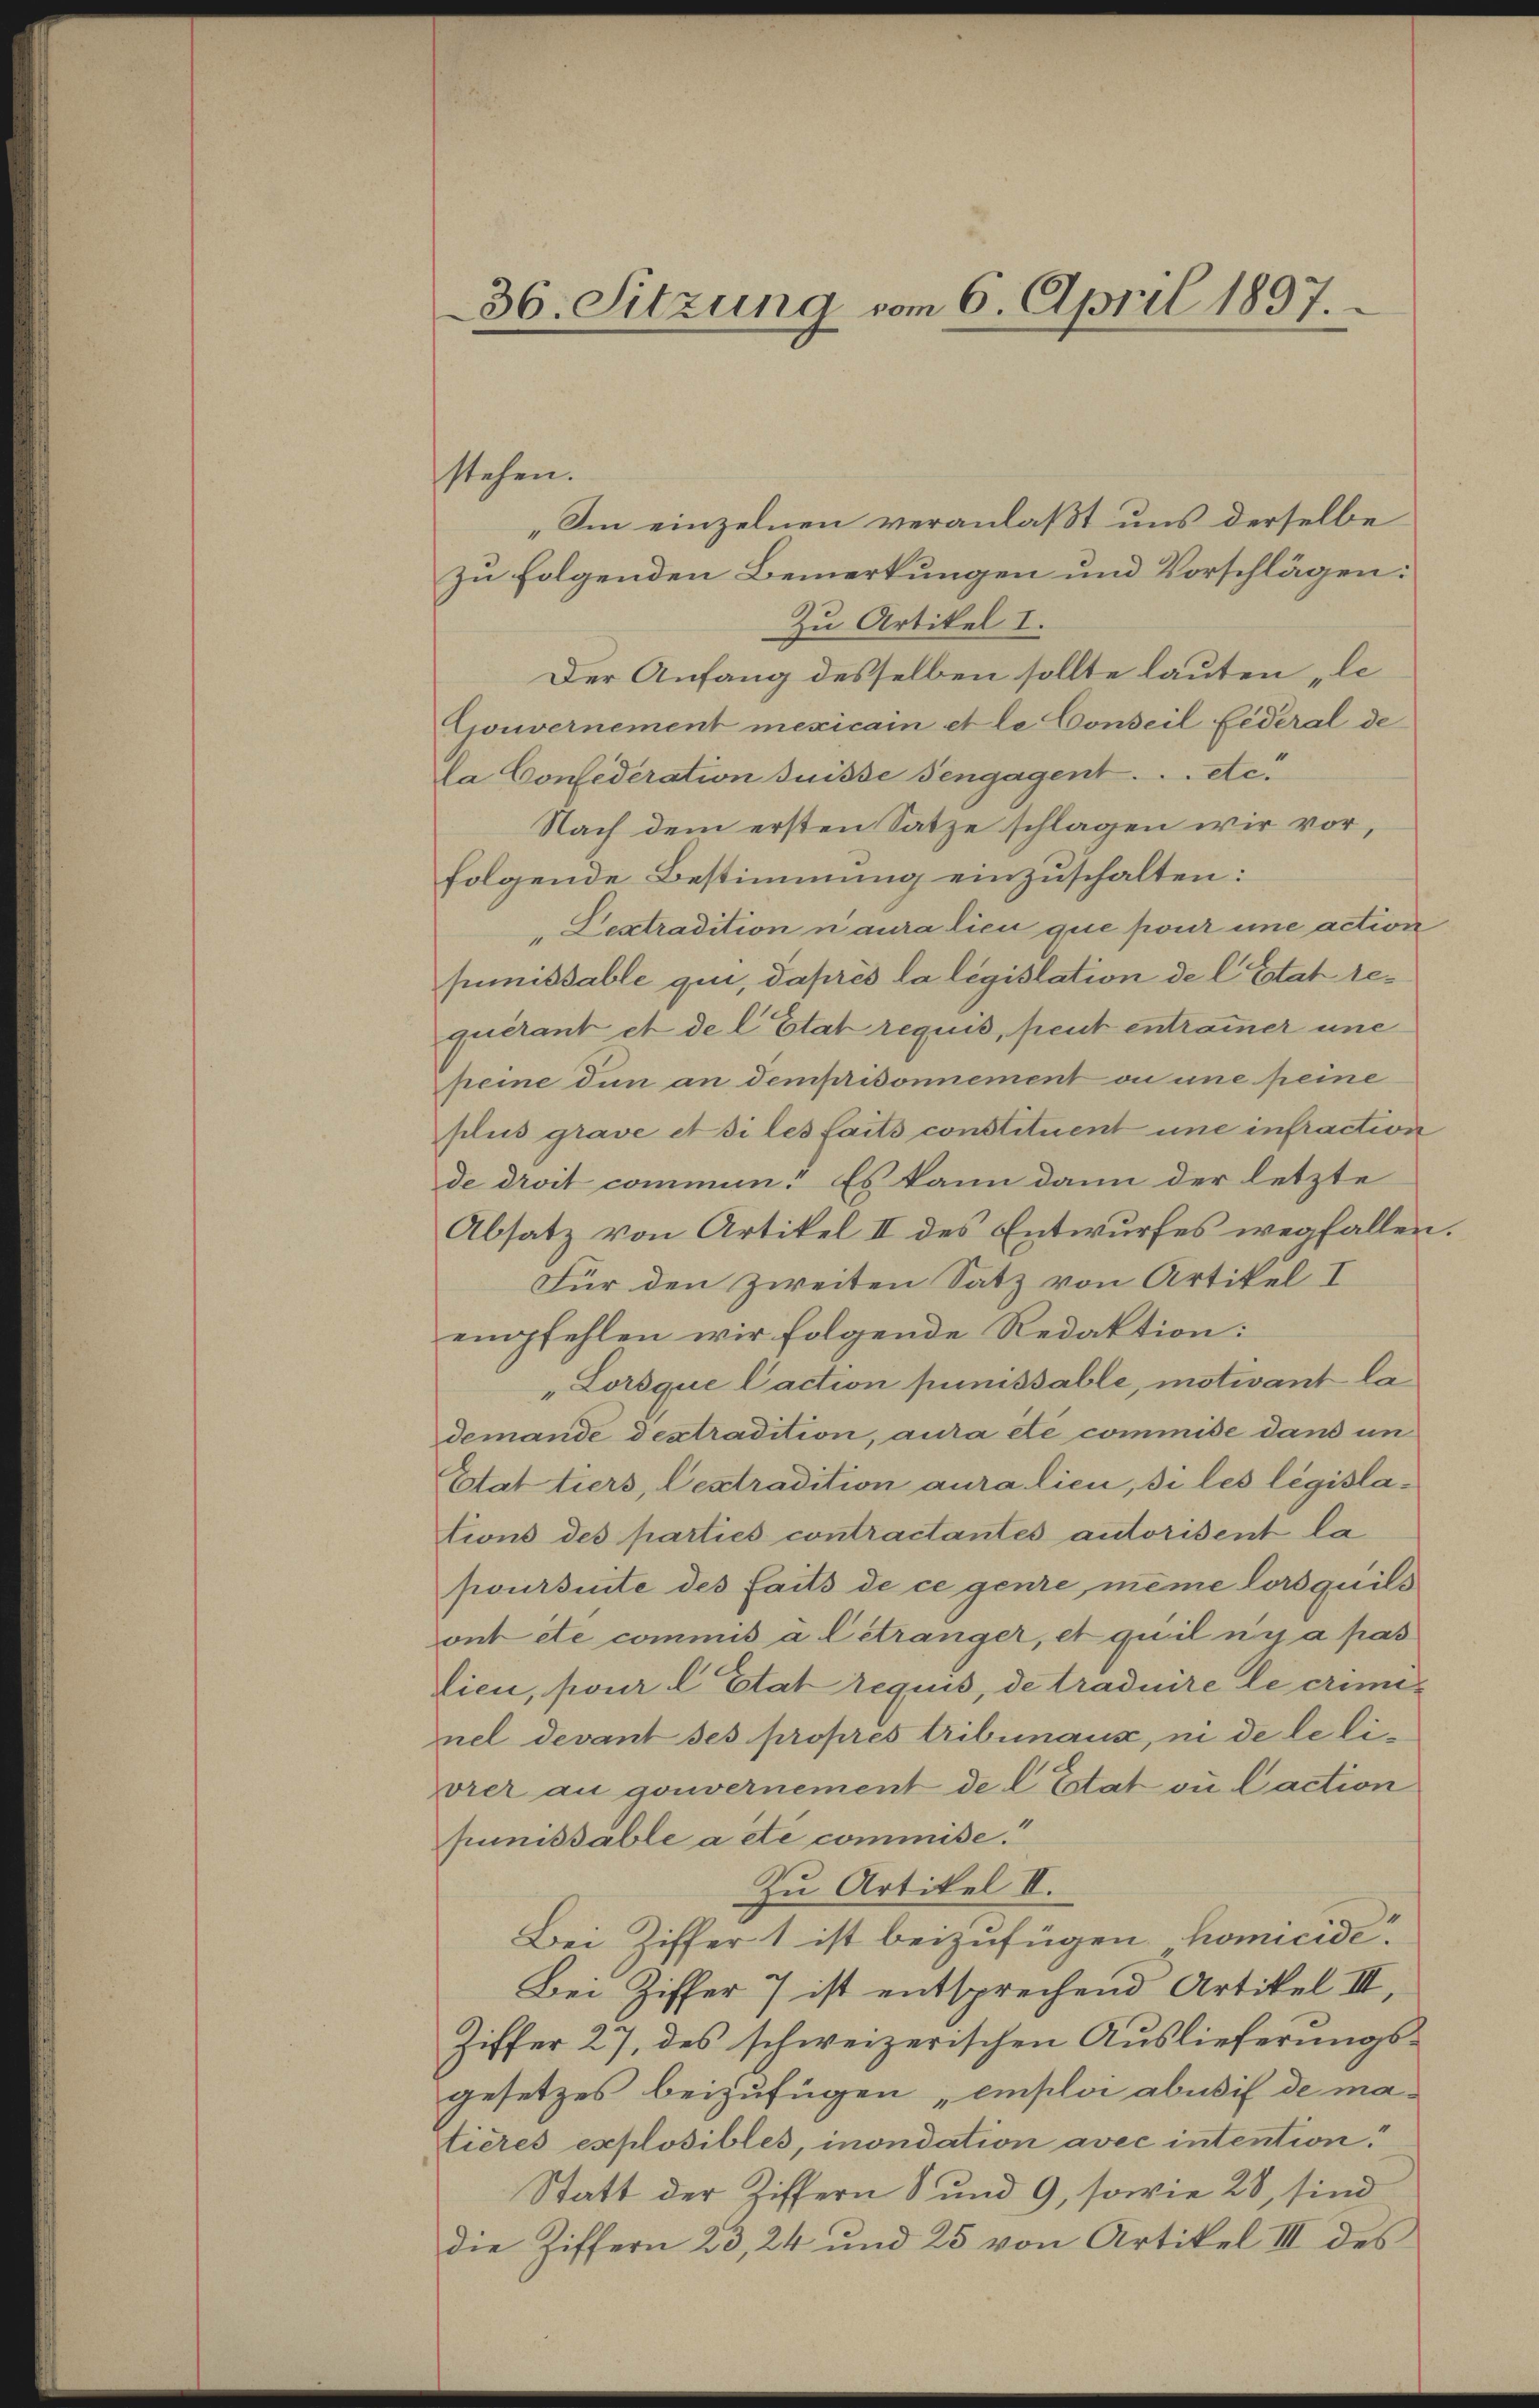
36. Sitzung vom 6. April 1897.

stehen.

„Im einzelnen veranlaßt uns derselbe
zu folgenden Bemerkungen und Vorschlägen:
Zu Artikel I.
Der Anfang desselben sollte lauten „le
Gouvernement mexicain et le Conseil Federal de
a Confederation suisse Sengagent . . . etc.
Nach dem ersten Satze schlagen wir vor,
folgende Bestimmung einzuschalten:
"Lextradition n’aura lieu que pour une action
puissable qui, daprès la législation de l. Etat requérant et de l. Etat requis, peut entramer une
peine den an demprisonnement ou une peine
plus grave et si les faits constituent une infraction
de droit commun. Es kann dann der letzte
Absatz von Artikel II des Entwurfes wegfallen.
Für den Zweiten Satz von Artikel I
empfehlen wir folgende Redaktion:
„Lorsque l’action punissable, motivant la
demande dextradition, aura été commise dans un
Etat tiers, Cextradition aura lieu, si les législations des parties contractantes autorisent la
poursuite des faits de ce genie, même lorsquil
ont etc commis à l’étranger, et quil n’y a pas
lieu, pour l. Etat requis, de traduire le criminel devant ses propres tribunaux, in de le livrer au gouvernement de l. Estat du Caction
punissable a été commise.“
Zu Artikel II.
Bei Ziffer 1 ist beizufügen homicide.
Bei Ziffer 7 ist entsprechend Artikel III,
Ziffer 27, des schweizerischen Auslieferungsgesetzes beizufügen „einploi abusis de matieres explosibles, inondation avec intention.
Statt der Ziffern 8 und 9, sowie 28, sind
die Ziffern 23, 24 und 25 von Artikel III des